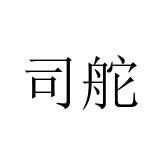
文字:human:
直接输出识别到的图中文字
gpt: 司舵